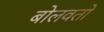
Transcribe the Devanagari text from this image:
बोलवतो